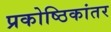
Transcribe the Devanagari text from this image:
प्रकोष्ठिकांतर